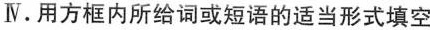
Ⅳ.用方框内所给词或短语的适当形式填空